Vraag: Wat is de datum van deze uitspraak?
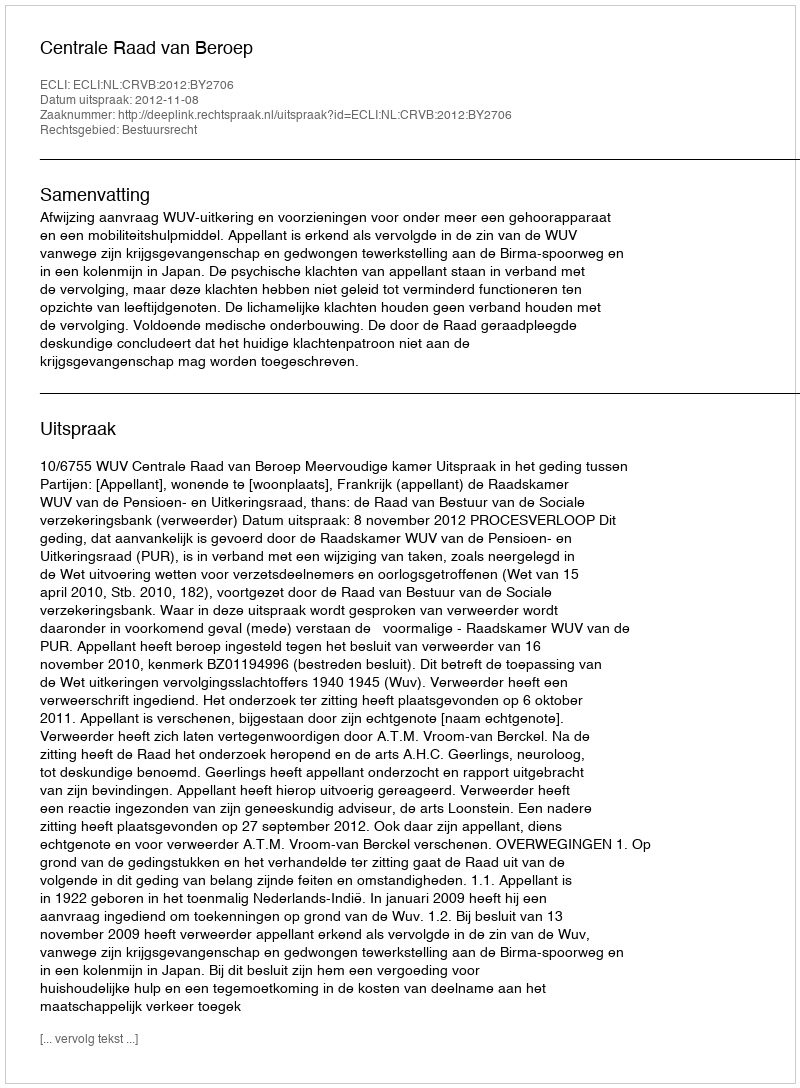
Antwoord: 2012-11-08